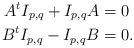
LaTeX: \begin{align*} A^tI_{p,q} + I_{p,q}A &= 0 \\ B^tI_{p,q} - I_{p,q}B &= 0.\end{align*}